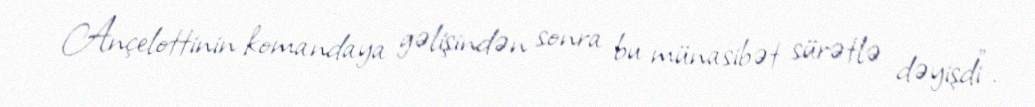
Ançelottinin komandaya gəlişindən sonra bu münasibət sürətlə dəyişdi".